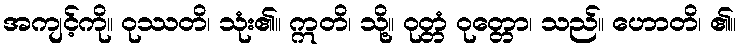
အကျင့်ကို။ ဝုဿတိ၊ သုံး၏။ ဣတိ၊ သို့။ ဝုတ္တံ ဝုတ္တော၊ သည်။ ဟောတိ၊ ၏။